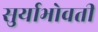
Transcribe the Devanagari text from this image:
सुर्याभोवती